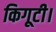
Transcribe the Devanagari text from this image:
किगूटी।